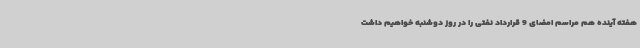
هفته آینده هم مراسم امضای 9 قرارداد نفتی را در روز دوشنبه خواهیم داشت